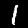
Label: 1